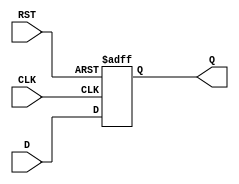
module stage_register #(
    parameter WIDTH = 8  // Parameter to define the width of the register
)(
    input  wire [WIDTH-1:0] D,    // Data input
    input  wire CLK,                // Clock signal
    input  wire RST,                // Reset signal
    output reg  [WIDTH-1:0] Q       // Data output
);

    // Sequential logic for the register
    always @(posedge CLK or posedge RST) begin
        if (RST) begin
            Q <= {WIDTH{1'b0}};       // Asynchronous reset to zero
        end else begin
            Q <= D;                  // Capture data on clock edge
        end
    end

endmodule